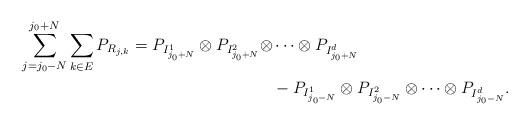
LaTeX: \begin{align*}\sum_{j=j_0-N}^{j_0+N}\sum_{k\in{E}} P_{R_{j,k}}=P_{I_{j_0+N}^1}\otimes P_{I_{j_0+N}^2}\otimes&\cdots\otimes P_{I_{j_0+N}^d}\\&-P_{I_{j_0-N}^1}\otimes P_{I_{j_0-N}^2}\otimes\cdots\otimes P_{I_{j_0-N}^d}.\end{align*}